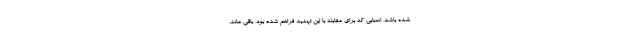
شده باشد، اسبابی که برای مقابله با این تهدید فراهم شده بود، باقی ماند.